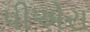
પીએરા